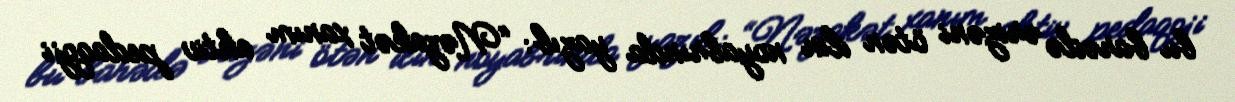
bu barədə ərizəni ötən ilin noyabrında yazıb: “Nəzakət xanım aktiv pedaqoji